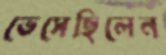
ভেসেছিলেন